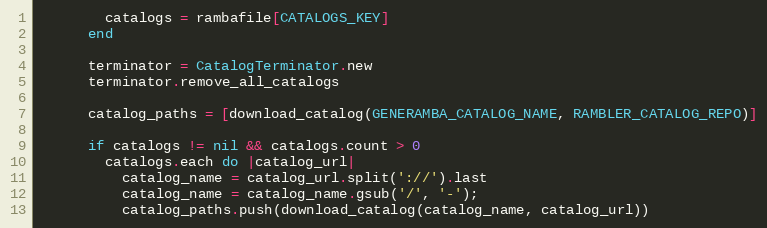
Language: Ruby
        catalogs = rambafile[CATALOGS_KEY]
      end

      terminator = CatalogTerminator.new
      terminator.remove_all_catalogs

      catalog_paths = [download_catalog(GENERAMBA_CATALOG_NAME, RAMBLER_CATALOG_REPO)]

      if catalogs != nil && catalogs.count > 0
        catalogs.each do |catalog_url|
          catalog_name = catalog_url.split('://').last
          catalog_name = catalog_name.gsub('/', '-');
          catalog_paths.push(download_catalog(catalog_name, catalog_url))